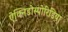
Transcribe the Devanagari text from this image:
ऐक्निडोस्पोरिडिया